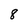
Character: 8